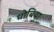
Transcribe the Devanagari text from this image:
धोबिया